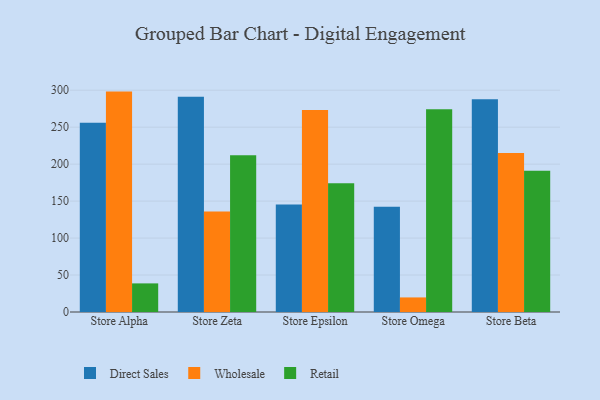
{"axis": {"x": "Store", "y": "Waste Production (Tons)"}, "legend": ["Direct Sales", "Retail", "Wholesale"], "data": [{"x": "Store Alpha", "y": 255.8, "type": "Direct Sales"}, {"x": "Store Alpha", "y": 298.1, "type": "Wholesale"}, {"x": "Store Alpha", "y": 38.7, "type": "Retail"}, {"x": "Store Zeta", "y": 291.3, "type": "Direct Sales"}, {"x": "Store Zeta", "y": 136.0, "type": "Wholesale"}, {"x": "Store Zeta", "y": 212.0, "type": "Retail"}, {"x": "Store Epsilon", "y": 145.4, "type": "Direct Sales"}, {"x": "Store Epsilon", "y": 273.2, "type": "Wholesale"}, {"x": "Store Epsilon", "y": 174.0, "type": "Retail"}, {"x": "Store Omega", "y": 142.4, "type": "Direct Sales"}, {"x": "Store Omega", "y": 19.7, "type": "Wholesale"}, {"x": "Store Omega", "y": 274.2, "type": "Retail"}, {"x": "Store Beta", "y": 287.9, "type": "Direct Sales"}, {"x": "Store Beta", "y": 214.9, "type": "Wholesale"}, {"x": "Store Beta", "y": 190.9, "type": "Retail"}]}